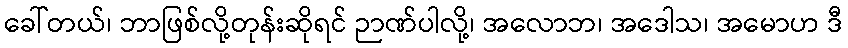
ခေါ်တယ်၊ ဘာဖြစ်လို့တုန်းဆိုရင် ဉာဏ်ပါလို့၊ အလောဘ၊ အဒေါသ၊ အမောဟ ဒီ